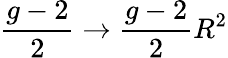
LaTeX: {\frac{g-2}{2}}\to{\frac{g-2}{2}}R^{2}